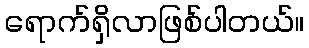
ရောက်ရှိလာဖြစ်ပါတယ်။